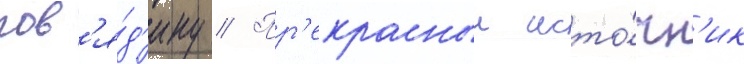
гов'я́д'ину // Пр'екрасныи исто́чн'ик